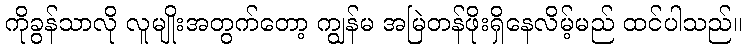
ကိုခွန်သာလို လူမျိုးအတွက်တော့ ကျွန်မ အမြဲတန်ဖိုးရှိနေလိမ့်မည် ထင်ပါသည်။